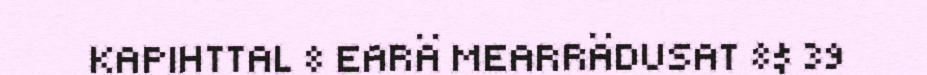
KAPIHTTAL 8 EARÄ MEARRÄDUSAT 8$ 39